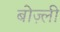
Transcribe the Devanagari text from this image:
बोज़्ली